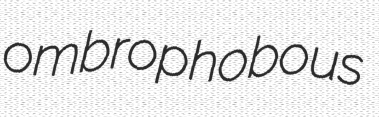
ombrophobous